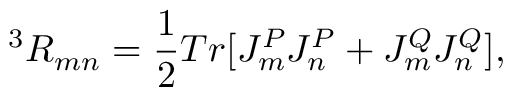
^ 3 R _ { m n } = \frac { 1 } { 2 } T r [ J _ { m } ^ { P } J _ { n } ^ { P } + J _ { m } ^ { Q } J _ { n } ^ { Q } ] ,